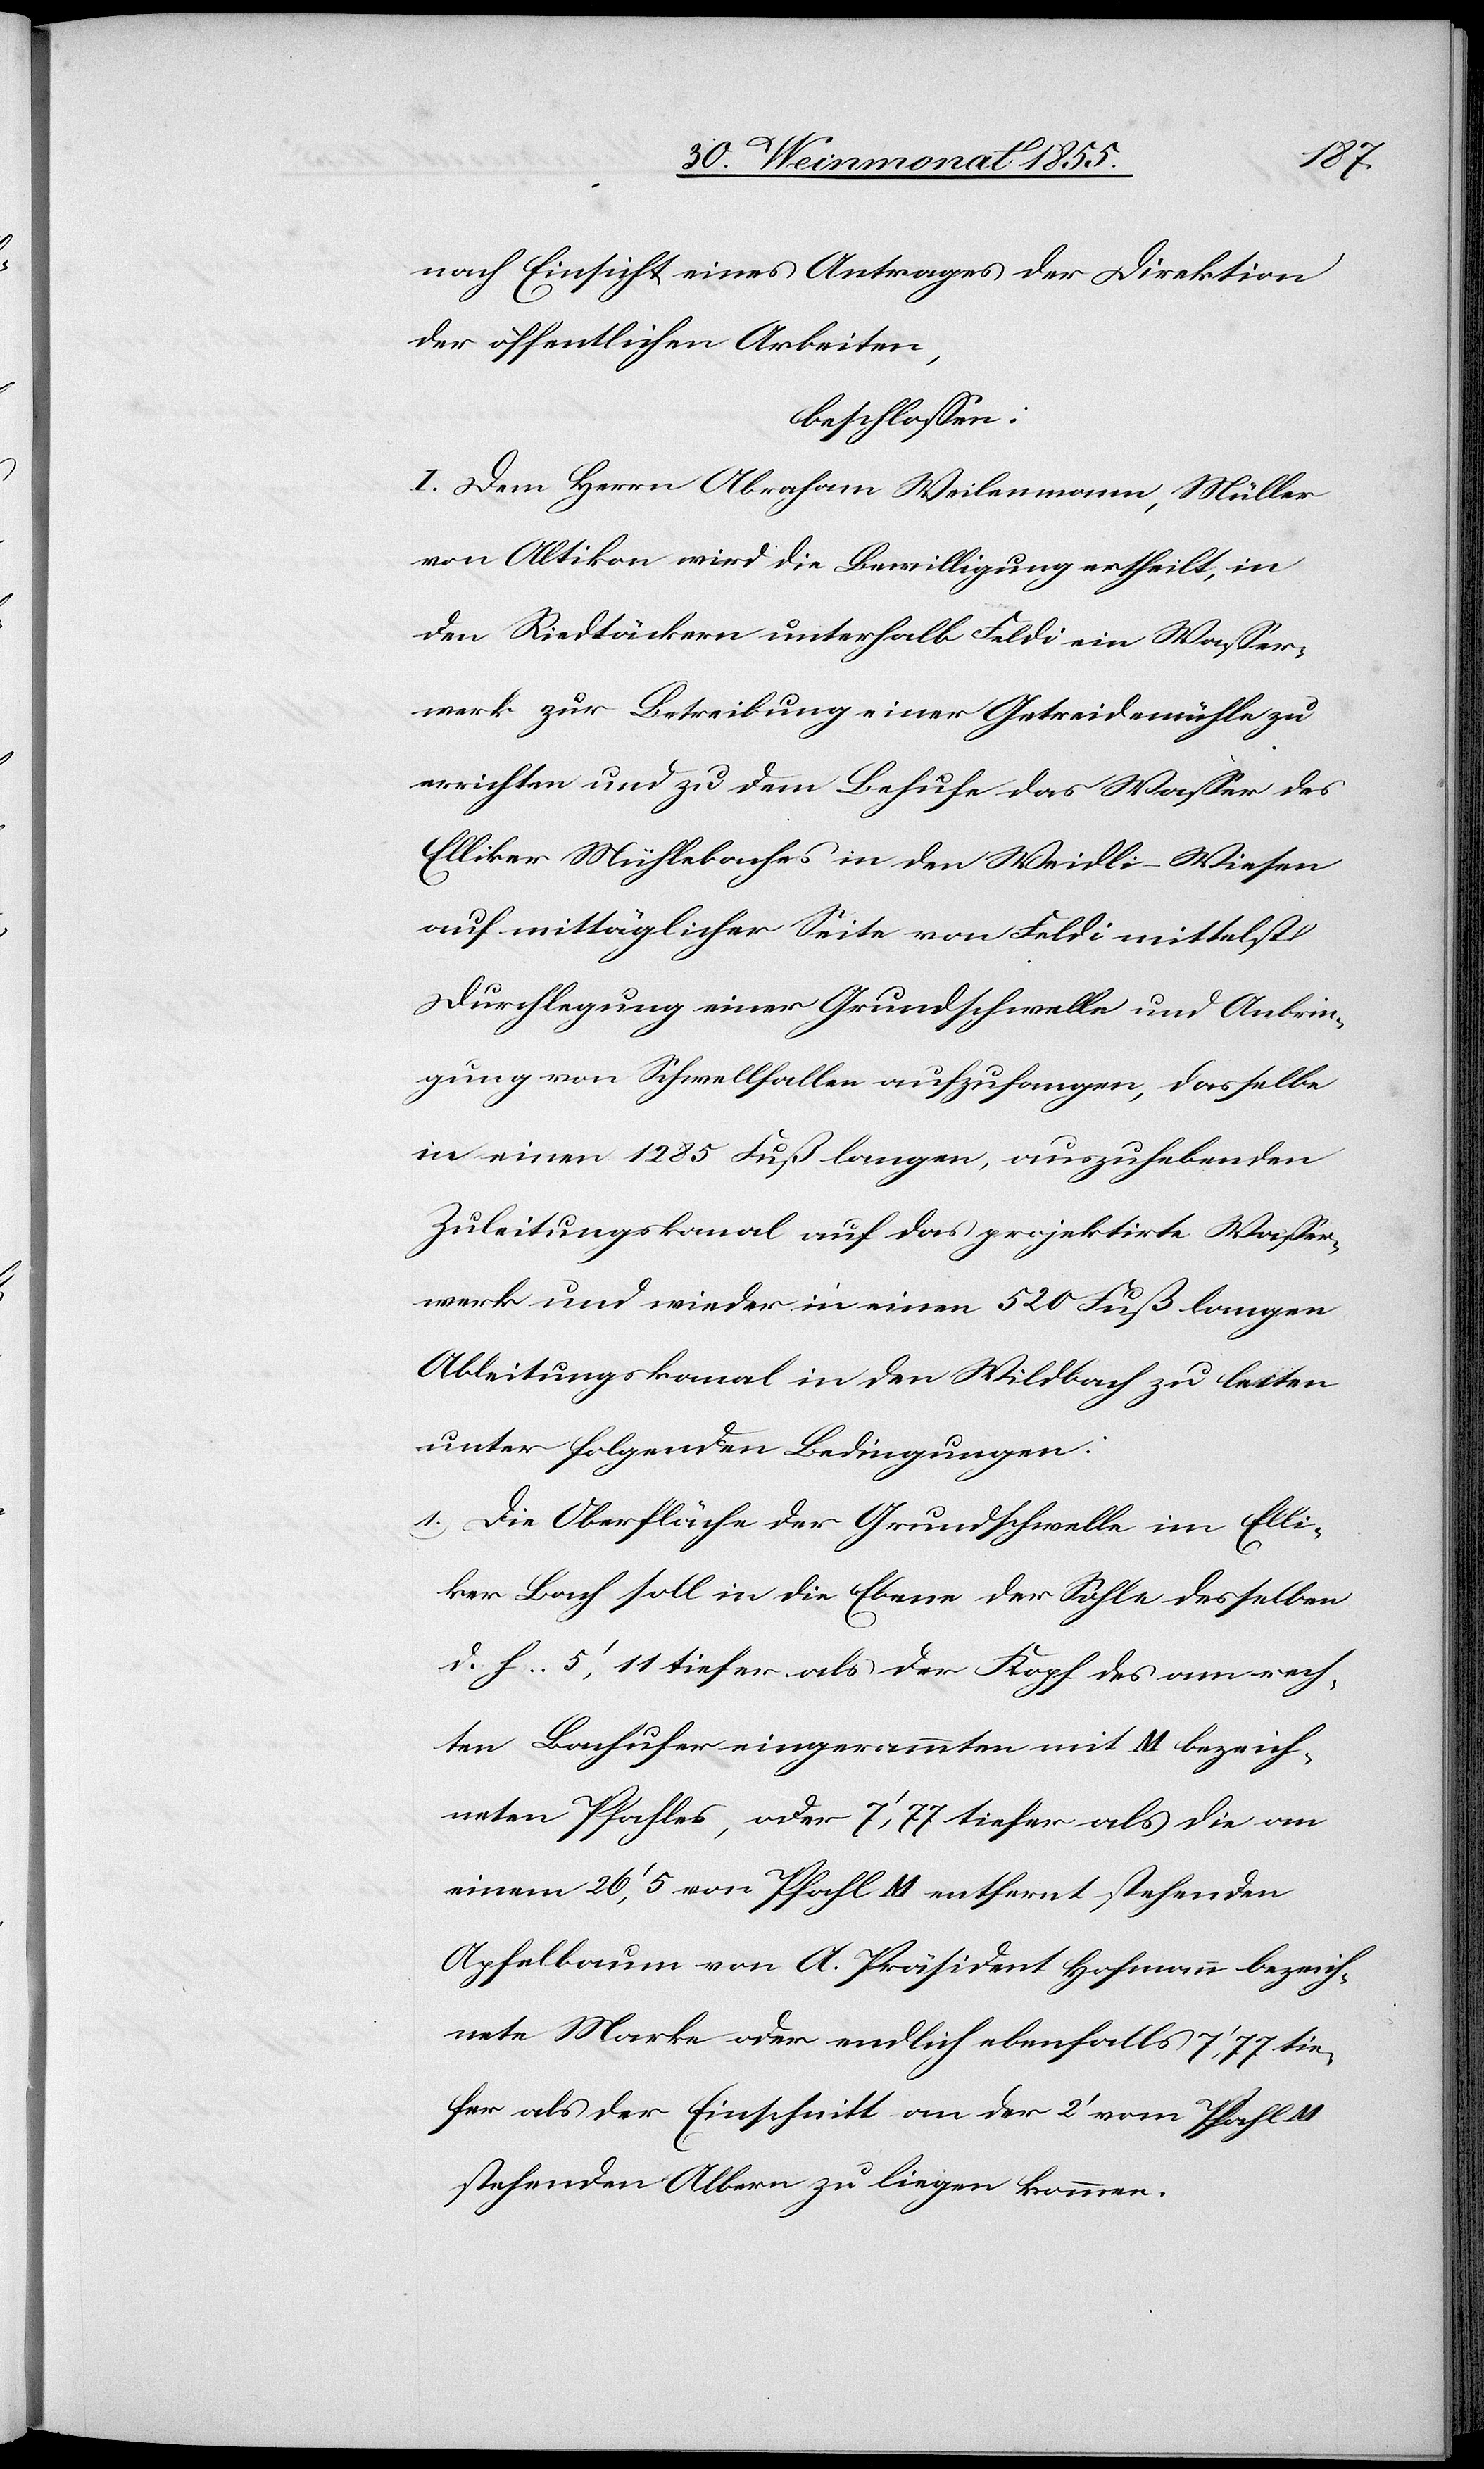
nach Einsicht eines Antrages der Direktion
der öffentlichen Arbeiten,
beschlossen:
I. Dem Herrn Abraham Weilenmann, Müller
von Altikon wird die Bewilligung ertheilt, in
den Riedtäckern unterhalb Feldi ein Wasser¬
werk zur Betreibung einer Getreidemühle zu
errichten und zu dem Behufe das Wasser des
Elliker Mühlebaches in den Weidli-Wiesen
auf mittäglicher Seite von Feldi mittelst
Durchlegung einer Grundschwelle und Anbrin¬
gung von Schwellfallen aufzufangen, dasselbe
in einen 1285 Fuß langen, auszuhebenden
Zuleitungskanal auf das projektirte Wasser¬
werk und wieder in einen 520 Fuß langen
Ableitungskanal in den Wildbach zu leiten
unter folgenden Bedingungen:
Die Oberfläche der Grundschwelle im Elli¬
ker Bach soll in die Ebene der Sohle desselben
d. h. 5‘,11 tiefer als der Kopf des am rech¬
ten Bachufer eingerammten mit M bezeich¬
neten Pfahles, oder 7‘,77 tiefer als die an
einem 26‘,5 von Pfahl M entfernt stehenden
Apfelbaum von A. Präsident Hofmann bezeich¬
nete Marke oder endlich ebenfalls 7‘,77 tie¬
fer als der Einschnitt an der 2‘ vom Pfahl M
stehenden Albern zu liegen kommen.